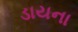
ડાયના